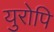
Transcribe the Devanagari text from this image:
युरोपि